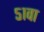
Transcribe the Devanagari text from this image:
५१वा